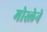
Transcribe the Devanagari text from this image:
मोस्लेने